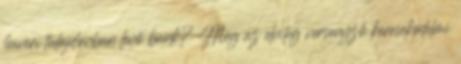
haveri tulajdonban levő bank? Még az elvileg versenyző keresekedelmi